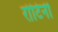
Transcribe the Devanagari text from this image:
रोटिनी